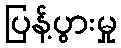
ပြန့်ပွားမှု